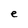
Character: e